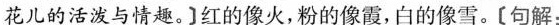
花的活泼与情趣。红的像火，粉的像霞，白的像雪。[句解